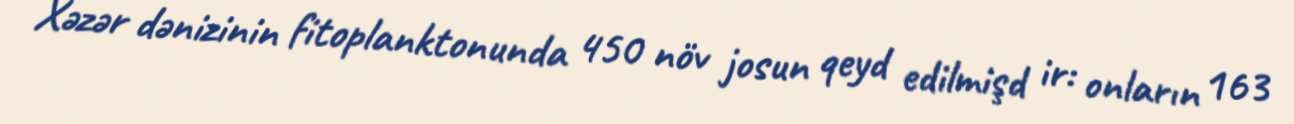
Xəzər dənizinin fitoplanktonunda 450 növ josun qeyd edilmişd ir: onların 163